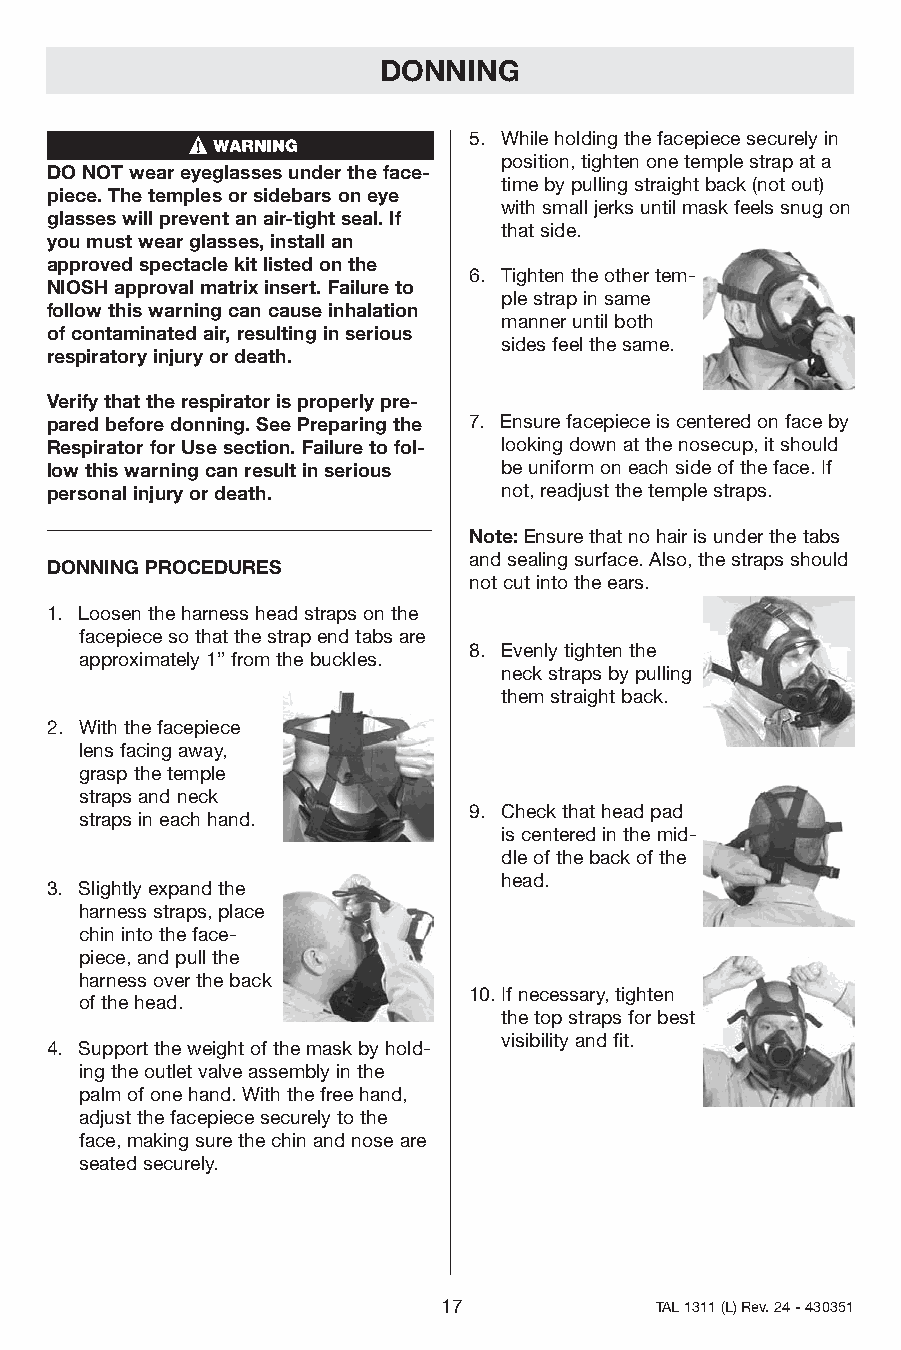
DONNING
 5. Whileholdingthefacepiecesecurelyin
 position,tightenonetemplestrapata
 DONOTweareyeglassesundertheface-
 timebypullingstraightback(notout)
 piece.Thetemplesorsidebarsoneye
 withsmalljerksuntilmaskfeelssnugon
 glasseswillpreventanair-tightseal.If
 thatside.
 youmustwearglasses,installan
 approvedspectaclekitlistedonthe
 6. Tightentheothertem-
 NIOSHapprovalmatrixinsert.Failureto
 plestrapinsame
 followthiswarningcancauseinhalation
 manneruntilboth
 ofcontaminatedair,resultinginserious
 sidesfeelthesame.
 respiratoryinjuryordeath.
 Verifythattherespiratorisproperlypre-
 paredbeforedonning.SeePreparingthe 7. Ensurefacepieceiscenteredonfaceby
 RespiratorforUsesection.Failuretofol- lookingdownatthenosecup,itshould
 lowthiswarningcanresultinserious beuniformoneachsideoftheface.If
 personalinjuryordeath.        not,readjustthetemplestraps.
 Note:Ensurethatnohairisunderthetabs
 andsealingsurface.Also,thestrapsshould
 DONNINGPROCEDURES
 notcutintotheears.
 1. Loosentheharnessheadstrapsonthe
 facepiecesothatthestrapendtabsare
 8. Evenlytightenthe
 approximately1”fromthebuckles.
 neckstrapsbypulling
 themstraightback.
 2. Withthefacepiece
 lensfacingaway,
 graspthetemple
 strapsandneck
 9. Checkthatheadpad
 strapsineachhand.
 iscenteredinthemid-
 dleofthebackofthe
 head.
 3. Slightlyexpandthe
 harnessstraps,place
 chinintotheface-
 piece,andpullthe
 harnessovertheback
 10.Ifnecessary,tighten
 ofthehead.
 thetopstrapsforbest
 visibilityandfit.
 4. Supporttheweightofthemaskbyhold-
 ingtheoutletvalveassemblyinthe
 palmofonehand.Withthefreehand,
 adjustthefacepiecesecurelytothe
 face,makingsurethechinandnoseare
 seatedsecurely.
 17            TAL1311(L)Rev.24-430351